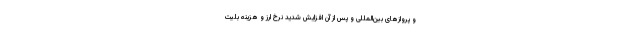
و پروازهای بین‌المللی و پس از آن افزایش شدید نرخ ارز و هزینه بلیت